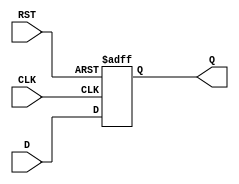
module store_register #(parameter n = 8) (
    input  wire [n-1:0] D,     // Data input
    input  wire CLK,           // Clock input
    input  wire RST,           // Asynchronous reset
    output reg  [n-1:0] Q      // Data output
);

    // Asynchronous reset and clock edge sensitivity
    always @(posedge CLK or posedge RST) begin
        if (RST) begin
            Q <= {n{1'b0}};      // Reset Q to zero
        end else begin
            Q <= D;              // Capture D on rising edge of CLK
        end
    end

endmodule